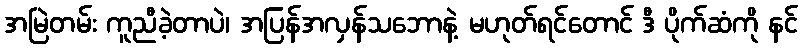
အမြဲတမ်း ကူညီခဲ့တာပဲ၊ အပြန်အလှန်သဘောနဲ့ မဟုတ်ရင်တောင် ဒီ ပိုက်ဆံကို နင်